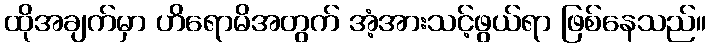
ထိုအချက်မှာ ဟိရောမိအတွက် အံ့အားသင့်ဖွယ်ရာ ဖြစ်နေသည်။